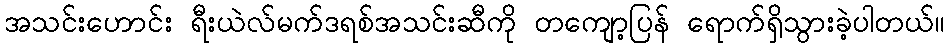
အသင်းဟောင်း ရီးယဲလ်မက်ဒရစ်အသင်းဆီကို တကျော့ပြန် ရောက်ရှိသွားခဲ့ပါတယ်။